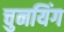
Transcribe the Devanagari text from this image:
चुनयिंग